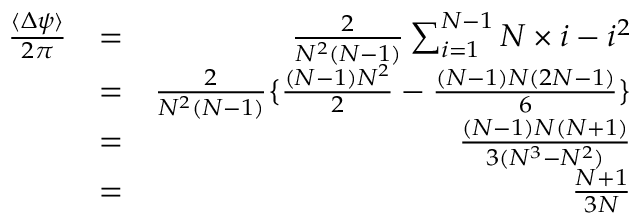
\begin{array} { r l r } { \frac { \langle \Delta \psi \rangle } { 2 \pi } } & { = } & { \frac { 2 } { N ^ { 2 } ( N - 1 ) } \sum _ { i = 1 } ^ { N - 1 } N \times i - i ^ { 2 } } \\ & { = } & { \frac { 2 } { N ^ { 2 } ( N - 1 ) } \lbrace \frac { ( N - 1 ) N ^ { 2 } } { 2 } - \frac { ( N - 1 ) N ( 2 N - 1 ) } { 6 } \rbrace } \\ & { = } & { \frac { ( N - 1 ) N ( N + 1 ) } { 3 ( N ^ { 3 } - N ^ { 2 } ) } } \\ & { = } & { \frac { N + 1 } { 3 N } } \end{array}